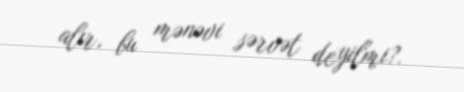
alır, bu mənəvi sərvət deyilmi?.